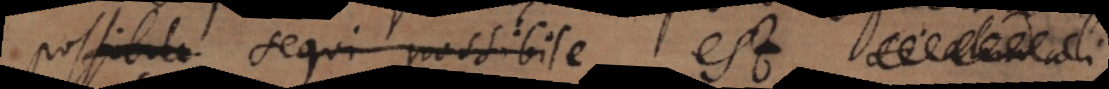
possibile. Nam impossibile est